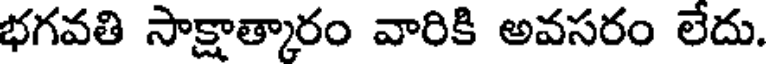
భగవతి సాక్షాత్కారం వారికి అవసరం లేదు.